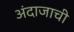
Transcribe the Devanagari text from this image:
अंदाजाची